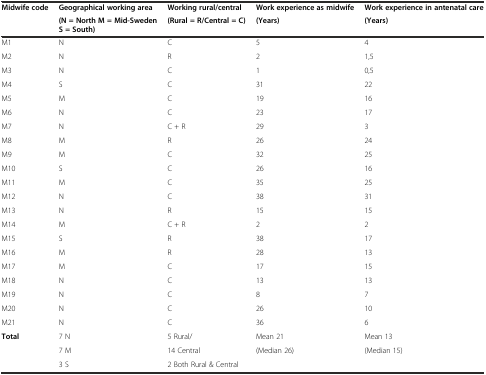
<table><thead><tr><td><b>Midwife code</b></td><td><b>Geographical working area</b></td><td><b>Working rural/central</b></td><td><b>Work experience as midwife</b></td><td><b>Work experience in antenatal care</b></td></tr><tr><td></td><td><b>(N = North M = Mid-Sweden S = South)</b></td><td><b>(Rural = R/Central = C)</b></td><td><b>(Years)</b></td><td><b>(Years)</b></td></tr></thead><tbody><tr><td>M1</td><td>N</td><td>C</td><td>5</td><td>4</td></tr><tr><td>M2</td><td>N</td><td>R</td><td>2</td><td>1,5</td></tr><tr><td>M3</td><td>N</td><td>C</td><td>1</td><td>0,5</td></tr><tr><td>M4</td><td>S</td><td>C</td><td>31</td><td>22</td></tr><tr><td>M5</td><td>M</td><td>C</td><td>19</td><td>16</td></tr><tr><td>M6</td><td>N</td><td>C</td><td>23</td><td>17</td></tr><tr><td>M7</td><td>N</td><td>C + R</td><td>29</td><td>3</td></tr><tr><td>M8</td><td>M</td><td>R</td><td>26</td><td>24</td></tr><tr><td>M9</td><td>M</td><td>C</td><td>32</td><td>25</td></tr><tr><td>M10</td><td>S</td><td>C</td><td>26</td><td>16</td></tr><tr><td>M11</td><td>M</td><td>C</td><td>35</td><td>25</td></tr><tr><td>M12</td><td>N</td><td>C</td><td>38</td><td>31</td></tr><tr><td>M13</td><td>N</td><td>R</td><td>15</td><td>15</td></tr><tr><td>M14</td><td>M</td><td>C + R</td><td>2</td><td>2</td></tr><tr><td>M15</td><td>S</td><td>R</td><td>38</td><td>17</td></tr><tr><td>M16</td><td>M</td><td>R</td><td>28</td><td>13</td></tr><tr><td>M17</td><td>M</td><td>C</td><td>17</td><td>15</td></tr><tr><td>M18</td><td>N</td><td>C</td><td>13</td><td>13</td></tr><tr><td>M19</td><td>N</td><td>C</td><td>8</td><td>7</td></tr><tr><td>M20</td><td>N</td><td>C</td><td>26</td><td>10</td></tr><tr><td>M21</td><td>N</td><td>C</td><td>36</td><td>6</td></tr><tr><td><b>Total</b></td><td>7 N</td><td>5 Rural/</td><td>Mean 21</td><td>Mean 13</td></tr><tr><td></td><td>7 M</td><td>14 Central</td><td>(Median 26)</td><td>(Median 15)</td></tr><tr><td></td><td>3 S</td><td>2 Both Rural &amp; Central</td><td></td><td></td></tr></tbody></table>